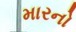
મારનો